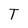
Character: T